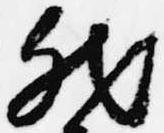
然